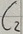
Text: C2